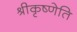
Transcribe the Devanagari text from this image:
श्रीकृष्णेति